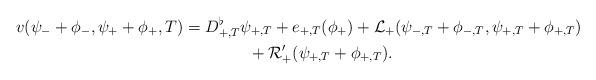
LaTeX: \begin{align*}v(\psi_-+\phi_-,\psi_++\phi_+,T)& =D^\flat_{+,T}\psi_{+,T} +e_{+,T}(\phi_+) + \mathcal{L}_+(\psi_{-,T}+\phi_{-,T},\psi_{+,T}+\phi_{+,T}) \\& \qquad\qquad+ \mathcal{R}'_+(\psi_{+,T}+\phi_{+,T}).\end{align*}